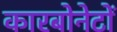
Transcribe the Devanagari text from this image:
कारबोनेटों